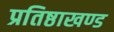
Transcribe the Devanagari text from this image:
प्रतिष्ठाखण्ड